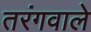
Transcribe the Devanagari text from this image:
तरंगवाले